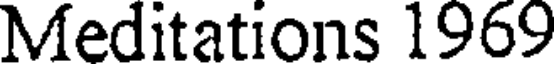
Meditations 1969